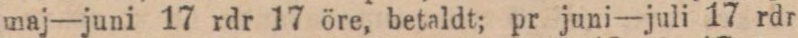
maj—juni 17 rdr 17 öre, betaldt; pr juni—juli 17 rdr